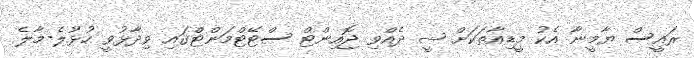
ރައީސް ޔާމީނާ އެކު މީޑިއާތަކަށް ޝީ ދެއްވި ޖޮއިންޓް ސްޓޭޓްމަންޓްގައި ވިދާޅުވީ ހުޅުލެ-މާލެ